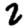
Digit: 2